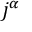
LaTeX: ~ j ^ { \alpha }